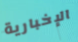
الإخبارية